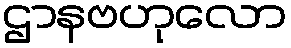
ဌာနဗဟုလော